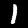
Label: 1